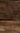
يا